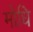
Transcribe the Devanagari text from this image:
मोधि